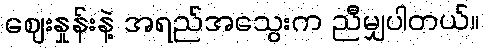
ဈေးနှုန်းနဲ့ အရည်အသွေးက ညီမျှပါတယ်။